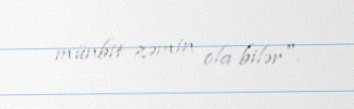
münbit zəmin ola bilər".